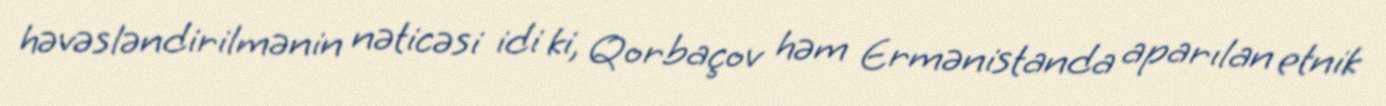
həvəsləndirilmənin nəticəsi idi ki, Qorbaçov həm Ermənistanda aparılan etnik